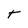
Character: t